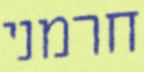
חרמני